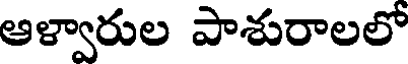
ఆళ్వారుల పాశురాలలో